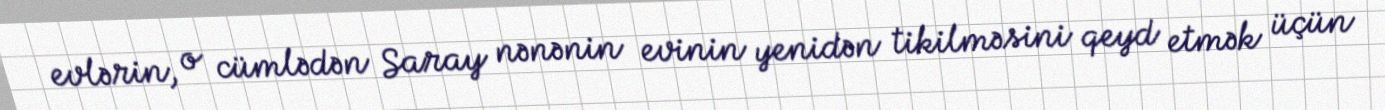
evlərin, o cümlədən Saray nənənin evinin yenidən tikilməsini qeyd etmək üçün